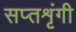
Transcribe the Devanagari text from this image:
सप्‍तशृंगी